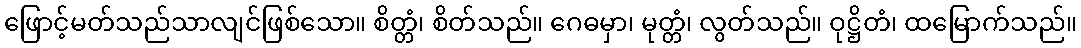
ဖြောင့်မတ်သည်သာလျင်ဖြစ်သော။ စိတ္တံ၊ စိတ်သည်။ ဂေဓမှာ၊ မုတ္တံ၊ လွတ်သည်။ ဝုဋ္ဌိတံ၊ ထမြောက်သည်။